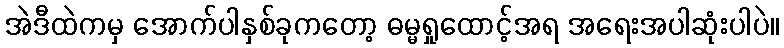
အဲဒီထဲကမှ အောက်ပါနှစ်ခုကတော့ ဓမ္မရှုထောင့်အရ အရေးအပါဆုံးပါပဲ။